Indian journal of veterinary science and animal husbandry - Volume 1,
Year: 1931
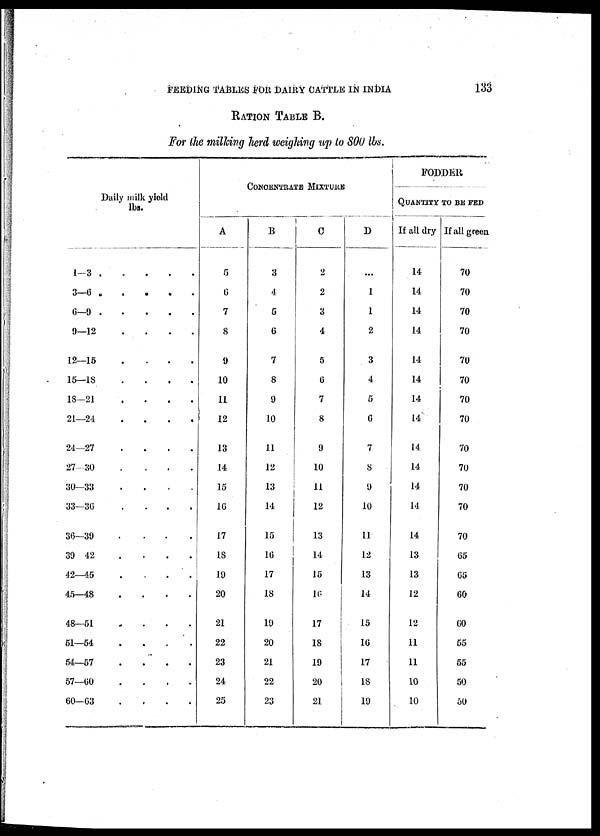
FEEDING TABLES FOR DAIRY CATTLE IN INDIA
133
RATION TABLE B.
For the milking herd weighing up to 800 lbs.
Daily milk yield
lbs.
1—3
3—6 .
6—9
9—12
.
.
.
.
12—15
.
.
.
.
15—18
.
.
.
.
18—21
.
.
.
.
21—24
.
.
.
.
24—27
.
.
.
.
27—30
.
.
.
.
30—33
.
.
.
.
33—36
.
.
.
.
36—39
.
.
.
.
39—42
.
.
.
.
42—45
.
.
.
.
45—48
.
.
.
.
48—51
.
.
.
.
51—54
.
.
.
.
54—57
.
.
.
.
57—60
.
.
.
.
60—63
.
.
.
.
A
5
6
7
8
9
10
11
12
13
14
15
16
17
18
19
20
21
22
23
24
25
CONCENTRATE
MIXTURE
B
3
4
5
6
7
8
9
10
11
12
13
14
15
16
17
18
19
20
21
22
23
C
2
2
3
4
5
6
7
8
9
10
11
12
13
14
15
10
17
18
19
20
21
D
...
1
1
2
3
4
5
6
7
8
9
10
11
12
13
14
15
16
17
18
19
FODDER
QUANTITY TO BE FED
If all dry
14
14
14
14
14
14
14
14
14
14
14
14
14
13
13
12
12
11
11
10
10
If all green
70
70
70
70
70
70
70
70
70
70
70
70
70
65
65
60
60
55
55
50
50